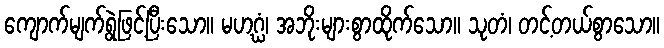
ကျောက်မျက်ရွဲဖြင့်ပြီးသော။ မဟဂ္ဃံ၊ အဘိုးများစွာထိုက်သော။ သုတံ၊ တင့်တယ်စွာသော။